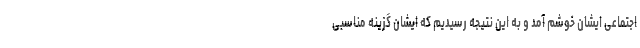
اجتماعی ایشان خوشم آمد و به این نتیجه رسیدیم که ایشان گزینه مناسبی